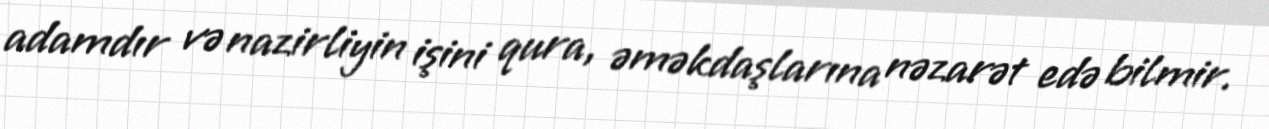
adamdır və nazirliyin işini qura, əməkdaşlarına nəzarət edə bilmir.